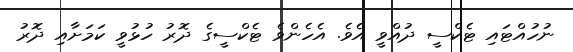
ނުހުއްޓައި ޓެކްސީ ދުއްވީ އެވެ. އެހެންވެ ޓެކްސީގެ ދޮރު ހުޅުވީ ކަމަށާއި ދޮރު